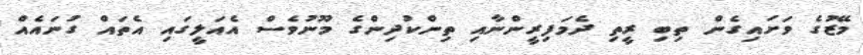
މޭޒުގެ ވަށައިގެން ތިބި ރީތި ދެމަފިރީންނާއި ތިންކުދިންގެ މޫނުވެސް އެއަލީގައި އެތައް ގުނައެއް